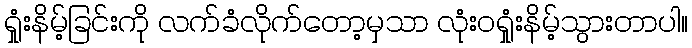
ရှုံးနိမ့်ခြင်းကို လက်ခံလိုက်တော့မှသာ လုံးဝရှုံးနိမ့်သွားတာပါ။